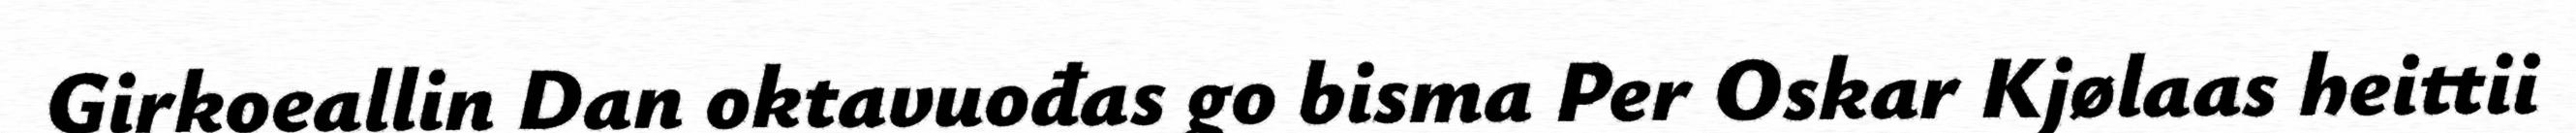
Girkoeallin Dan oktavuođas go bisma Per Oskar Kjølaas heittii